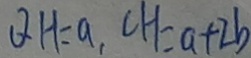
Q H = a , C H = a + 2 b